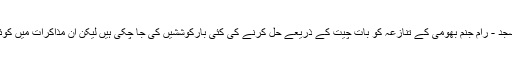
ماضی میں بھی بابری مسجد - رام جنم بھومی کے تنازعہ کو بات چیت کے ذریعے حل کرنے کی کئی بارکوششیں کی جا چکی ہیں لیکن ان مذاکرات میں کوئی پیش رفت نہ ہو سکی ۔